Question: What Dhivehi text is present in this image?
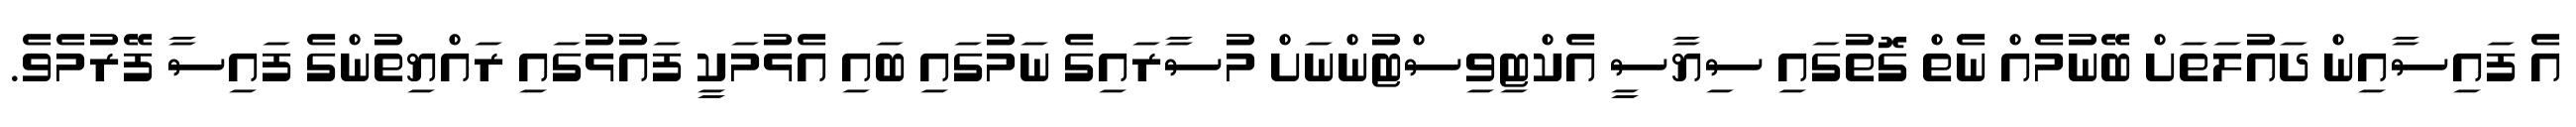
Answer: އެ ފައިސާއިން ދައުލަތަށް ބޭނުމެއް ނެތް ގޮތުގައި ސިޔާސީ އެކްޓިވިސްޓުންނަށް މުސާރައިގެ ނަމުގައި ބައި އެޅުމަކީ ފައުޅުގައި ރައްޔިތުންގެ ފައިސާ ފޭރުމެވެ.